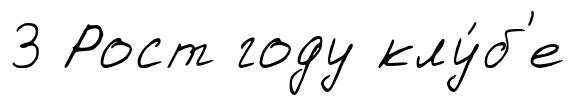
3 Рост году клу́б'е